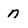
Character: n